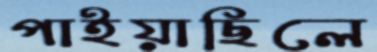
পাইয়াছিলে